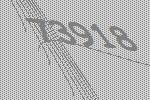
73918